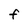
Character: f